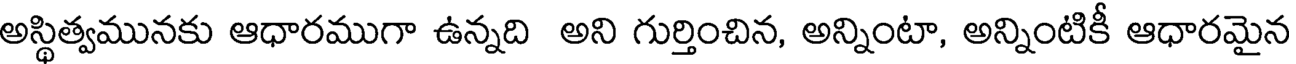
అస్థిత్వమునకు ఆధారముగా ఉన్నది అని గుర్తించిన, అన్నింటా, అన్నింటికీ ఆధారమైన